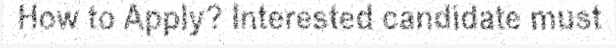
How to Apply? Interested candidate must